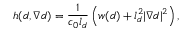
h ( d , \nabla { d } ) = \frac { 1 } { c _ { 0 } l _ { d } } \left( w ( d ) + l _ { d } ^ { 2 } \lvert \nabla { d } \rvert ^ { 2 } \right) ,